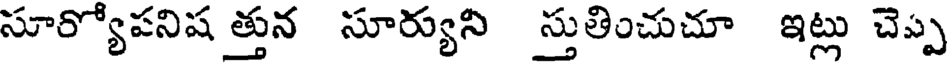
సూర్యోపనిష త్తున సూర్యుని స్తుతించుచూ ఇట్లు చెప్ప